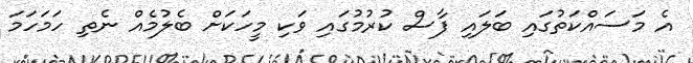
އެ މަސައްކަތުުގައި ބަލައި ފާސް ކުރުމުގައި ވަކި މީހަކަށް ބެލުމެއް ނެތި ހަމަހަމަ